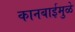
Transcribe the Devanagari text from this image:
कानबाईमुळे